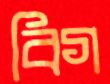
বিগ